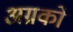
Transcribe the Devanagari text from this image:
अग्रकों